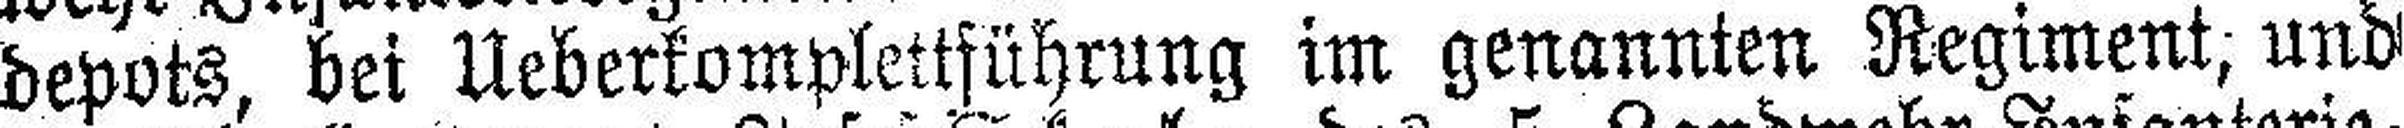
depots, bei Ueberkomplettführung im genannien Regiment, und